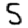
Digit: 5